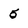
Character: 5